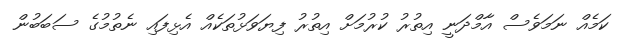
ކަމެއް ނަމަވެސް އާމްދަނީ އިތުރު ކުރުމަށް އިތުރު ފިޔަވަޅުތަކެއް އެޅިފައި ނެތުމުގެ ސަބަބުން